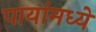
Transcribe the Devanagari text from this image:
पायांमध्ये